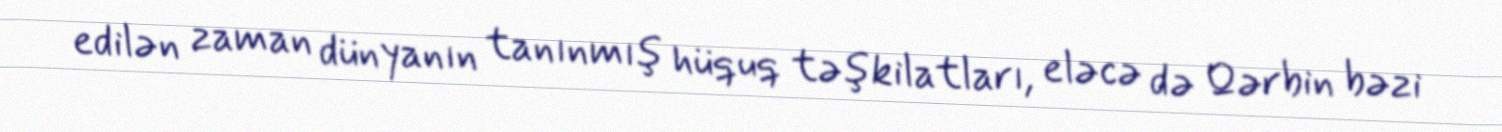
edilən zaman dünyanın tanınmış hüquq təşkilatları, eləcə də Qərbin bəzi